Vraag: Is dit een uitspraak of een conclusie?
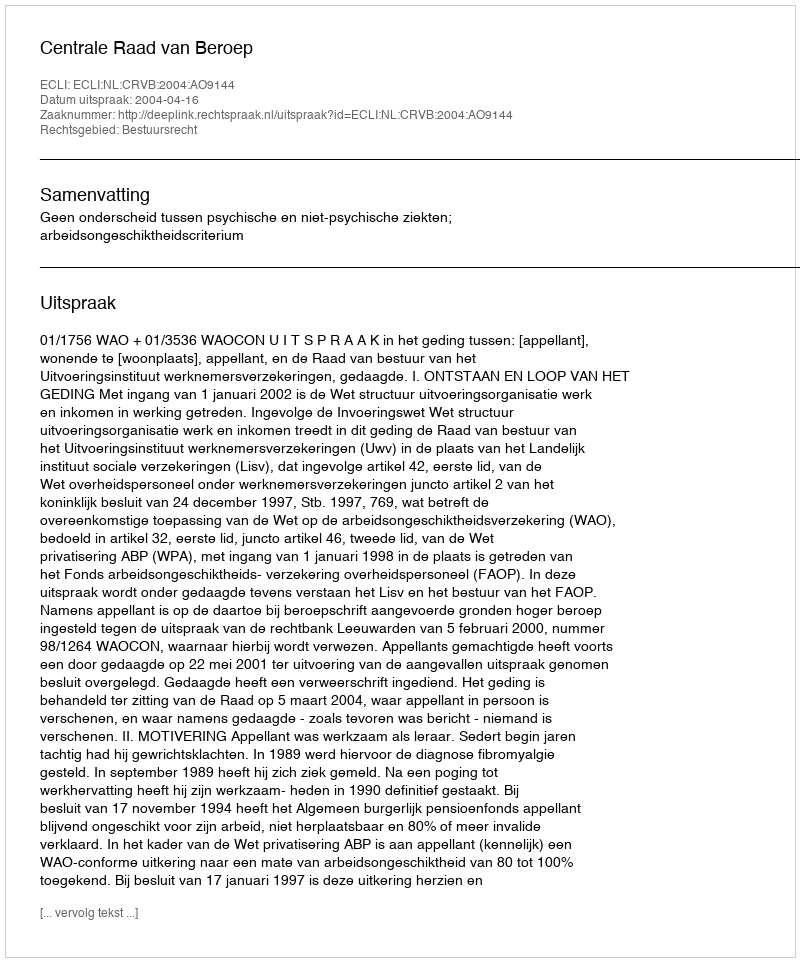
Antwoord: Uitspraak